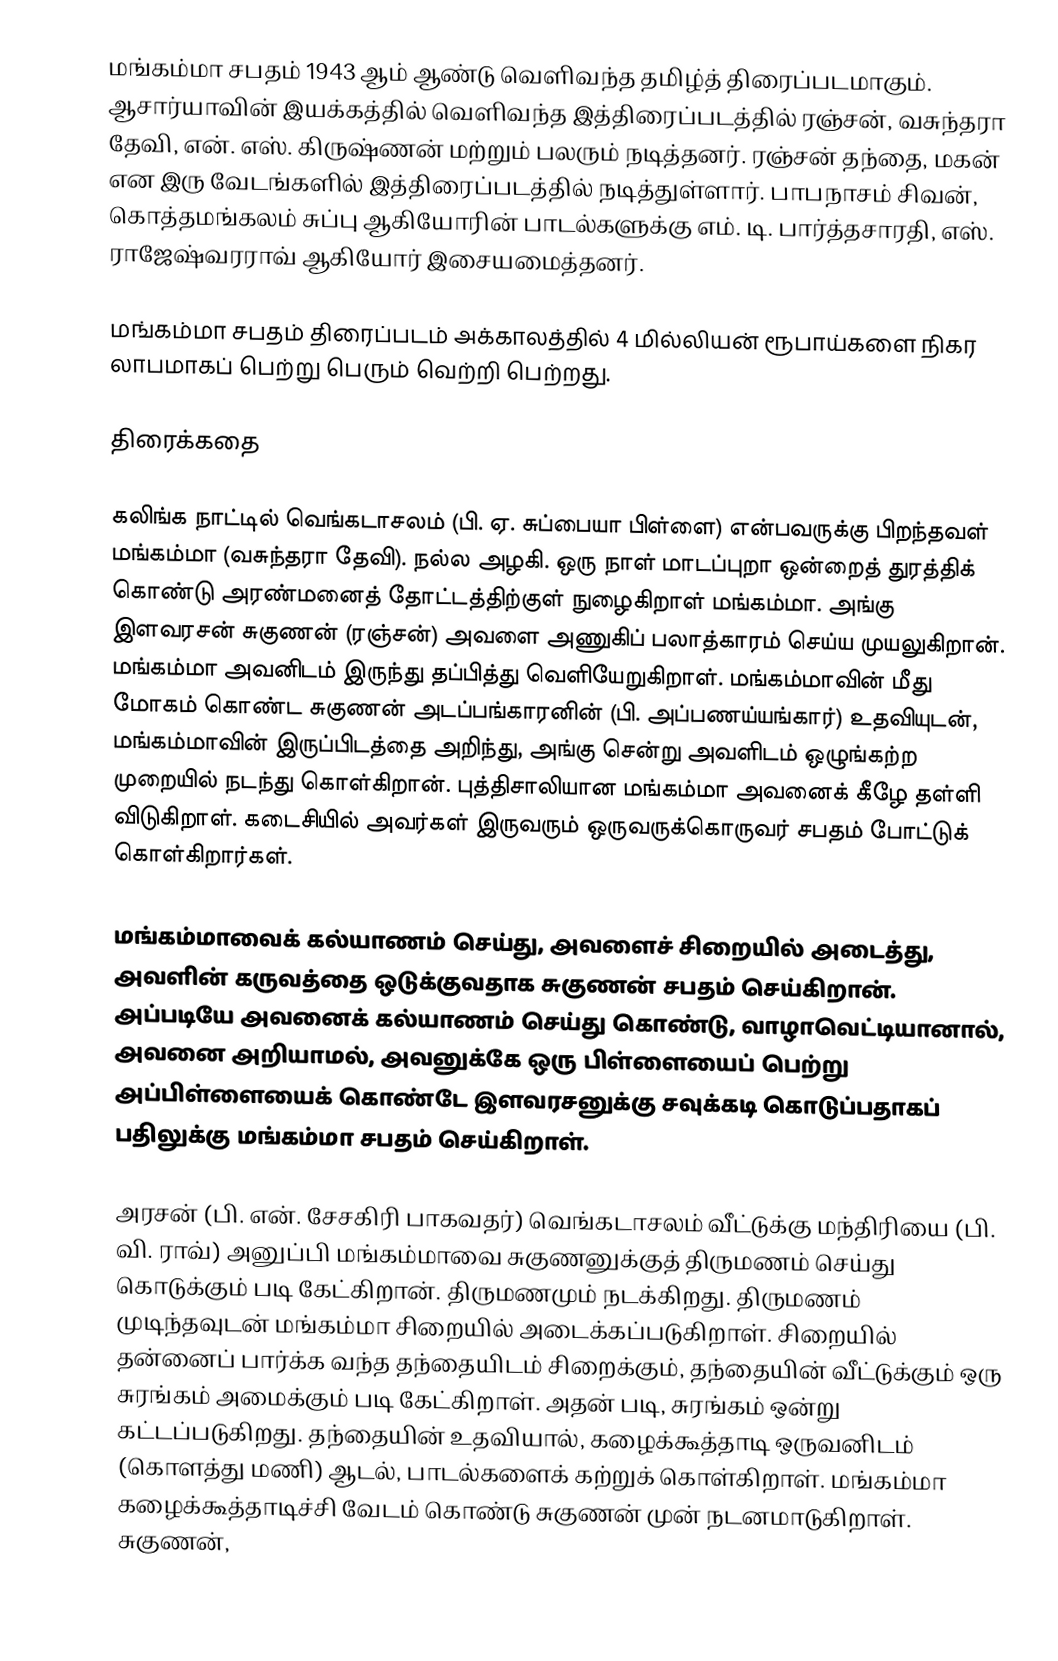
மங்கம்மா சபதம் 1943 ஆம் ஆண்டு வெளிவந்த தமிழ்த் திரைப்படமாகும். ஆசார்யாவின் இயக்கத்தில் வெளிவந்த இத்திரைப்படத்தில் ரஞ்சன், வசுந்தரா தேவி, என். எஸ். கிருஷ்ணன் மற்றும் பலரும் நடித்தனர். ரஞ்சன் தந்தை, மகன் என இரு வேடங்களில் இத்திரைப்படத்தில் நடித்துள்ளார். பாபநாசம் சிவன், கொத்தமங்கலம் சுப்பு ஆகியோரின் பாடல்களுக்கு எம். டி. பார்த்தசாரதி, எஸ். ராஜேஷ்வரராவ் ஆகியோர் இசையமைத்தனர்.

மங்கம்மா சபதம் திரைப்படம் அக்காலத்தில் 4 மில்லியன் ரூபாய்களை நிகர லாபமாகப் பெற்று பெரும் வெற்றி பெற்றது.

திரைக்கதை

கலிங்க நாட்டில் வெங்கடாசலம் (பி. ஏ. சுப்பையா பிள்ளை) என்பவருக்கு பிறந்தவள் மங்கம்மா (வசுந்தரா தேவி). நல்ல அழகி. ஒரு நாள் மாடப்புறா ஒன்றைத் துரத்திக் கொண்டு அரண்மனைத் தோட்டத்திற்குள் நுழைகிறாள் மங்கம்மா. அங்கு இளவரசன் சுகுணன் (ரஞ்சன்) அவளை அணுகிப் பலாத்காரம் செய்ய முயலுகிறான். மங்கம்மா அவனிடம் இருந்து தப்பித்து வெளியேறுகிறாள். மங்கம்மாவின் மீது மோகம் கொண்ட சுகுணன் அடப்பங்காரனின் (பி. அப்பணய்யங்கார்) உதவியுடன், மங்கம்மாவின் இருப்பிடத்தை அறிந்து, அங்கு சென்று அவளிடம் ஒழுங்கற்ற முறையில் நடந்து கொள்கிறான். புத்திசாலியான மங்கம்மா அவனைக் கீழே தள்ளி விடுகிறாள். கடைசியில் அவர்கள் இருவரும் ஒருவருக்கொருவர் சபதம் போட்டுக் கொள்கிறார்கள்.

மங்கம்மாவைக் கல்யாணம் செய்து, அவளைச் சிறையில் அடைத்து, அவளின் கருவத்தை ஒடுக்குவதாக சுகுணன் சபதம் செய்கிறான். அப்படியே அவனைக் கல்யாணம் செய்து கொண்டு, வாழாவெட்டியானால், அவனை அறியாமல், அவனுக்கே ஒரு பிள்ளையைப் பெற்று அப்பிள்ளையைக் கொண்டே இளவரசனுக்கு சவுக்கடி கொடுப்பதாகப் பதிலுக்கு மங்கம்மா சபதம் செய்கிறாள்.

அரசன் (பி. என். சேசகிரி பாகவதர்) வெங்கடாசலம் வீட்டுக்கு மந்திரியை (பி. வி. ராவ்) அனுப்பி மங்கம்மாவை சுகுணனுக்குத் திருமணம் செய்து கொடுக்கும் படி கேட்கிறான். திருமணமும் நடக்கிறது. திருமணம் முடிந்தவுடன் மங்கம்மா சிறையில் அடைக்கப்படுகிறாள். சிறையில் தன்னைப் பார்க்க வந்த தந்தையிடம் சிறைக்கும், தந்தையின் வீட்டுக்கும் ஒரு சுரங்கம் அமைக்கும் படி கேட்கிறாள். அதன் படி, சுரங்கம் ஒன்று கட்டப்படுகிறது. தந்தையின் உதவியால், கழைக்கூத்தாடி ஒருவனிடம் (கொளத்து மணி) ஆடல், பாடல்களைக் கற்றுக் கொள்கிறாள். மங்கம்மா கழைக்கூத்தாடிச்சி வேடம் கொண்டு சுகுணன் முன் நடனமாடுகிறாள். சுகுணன்,